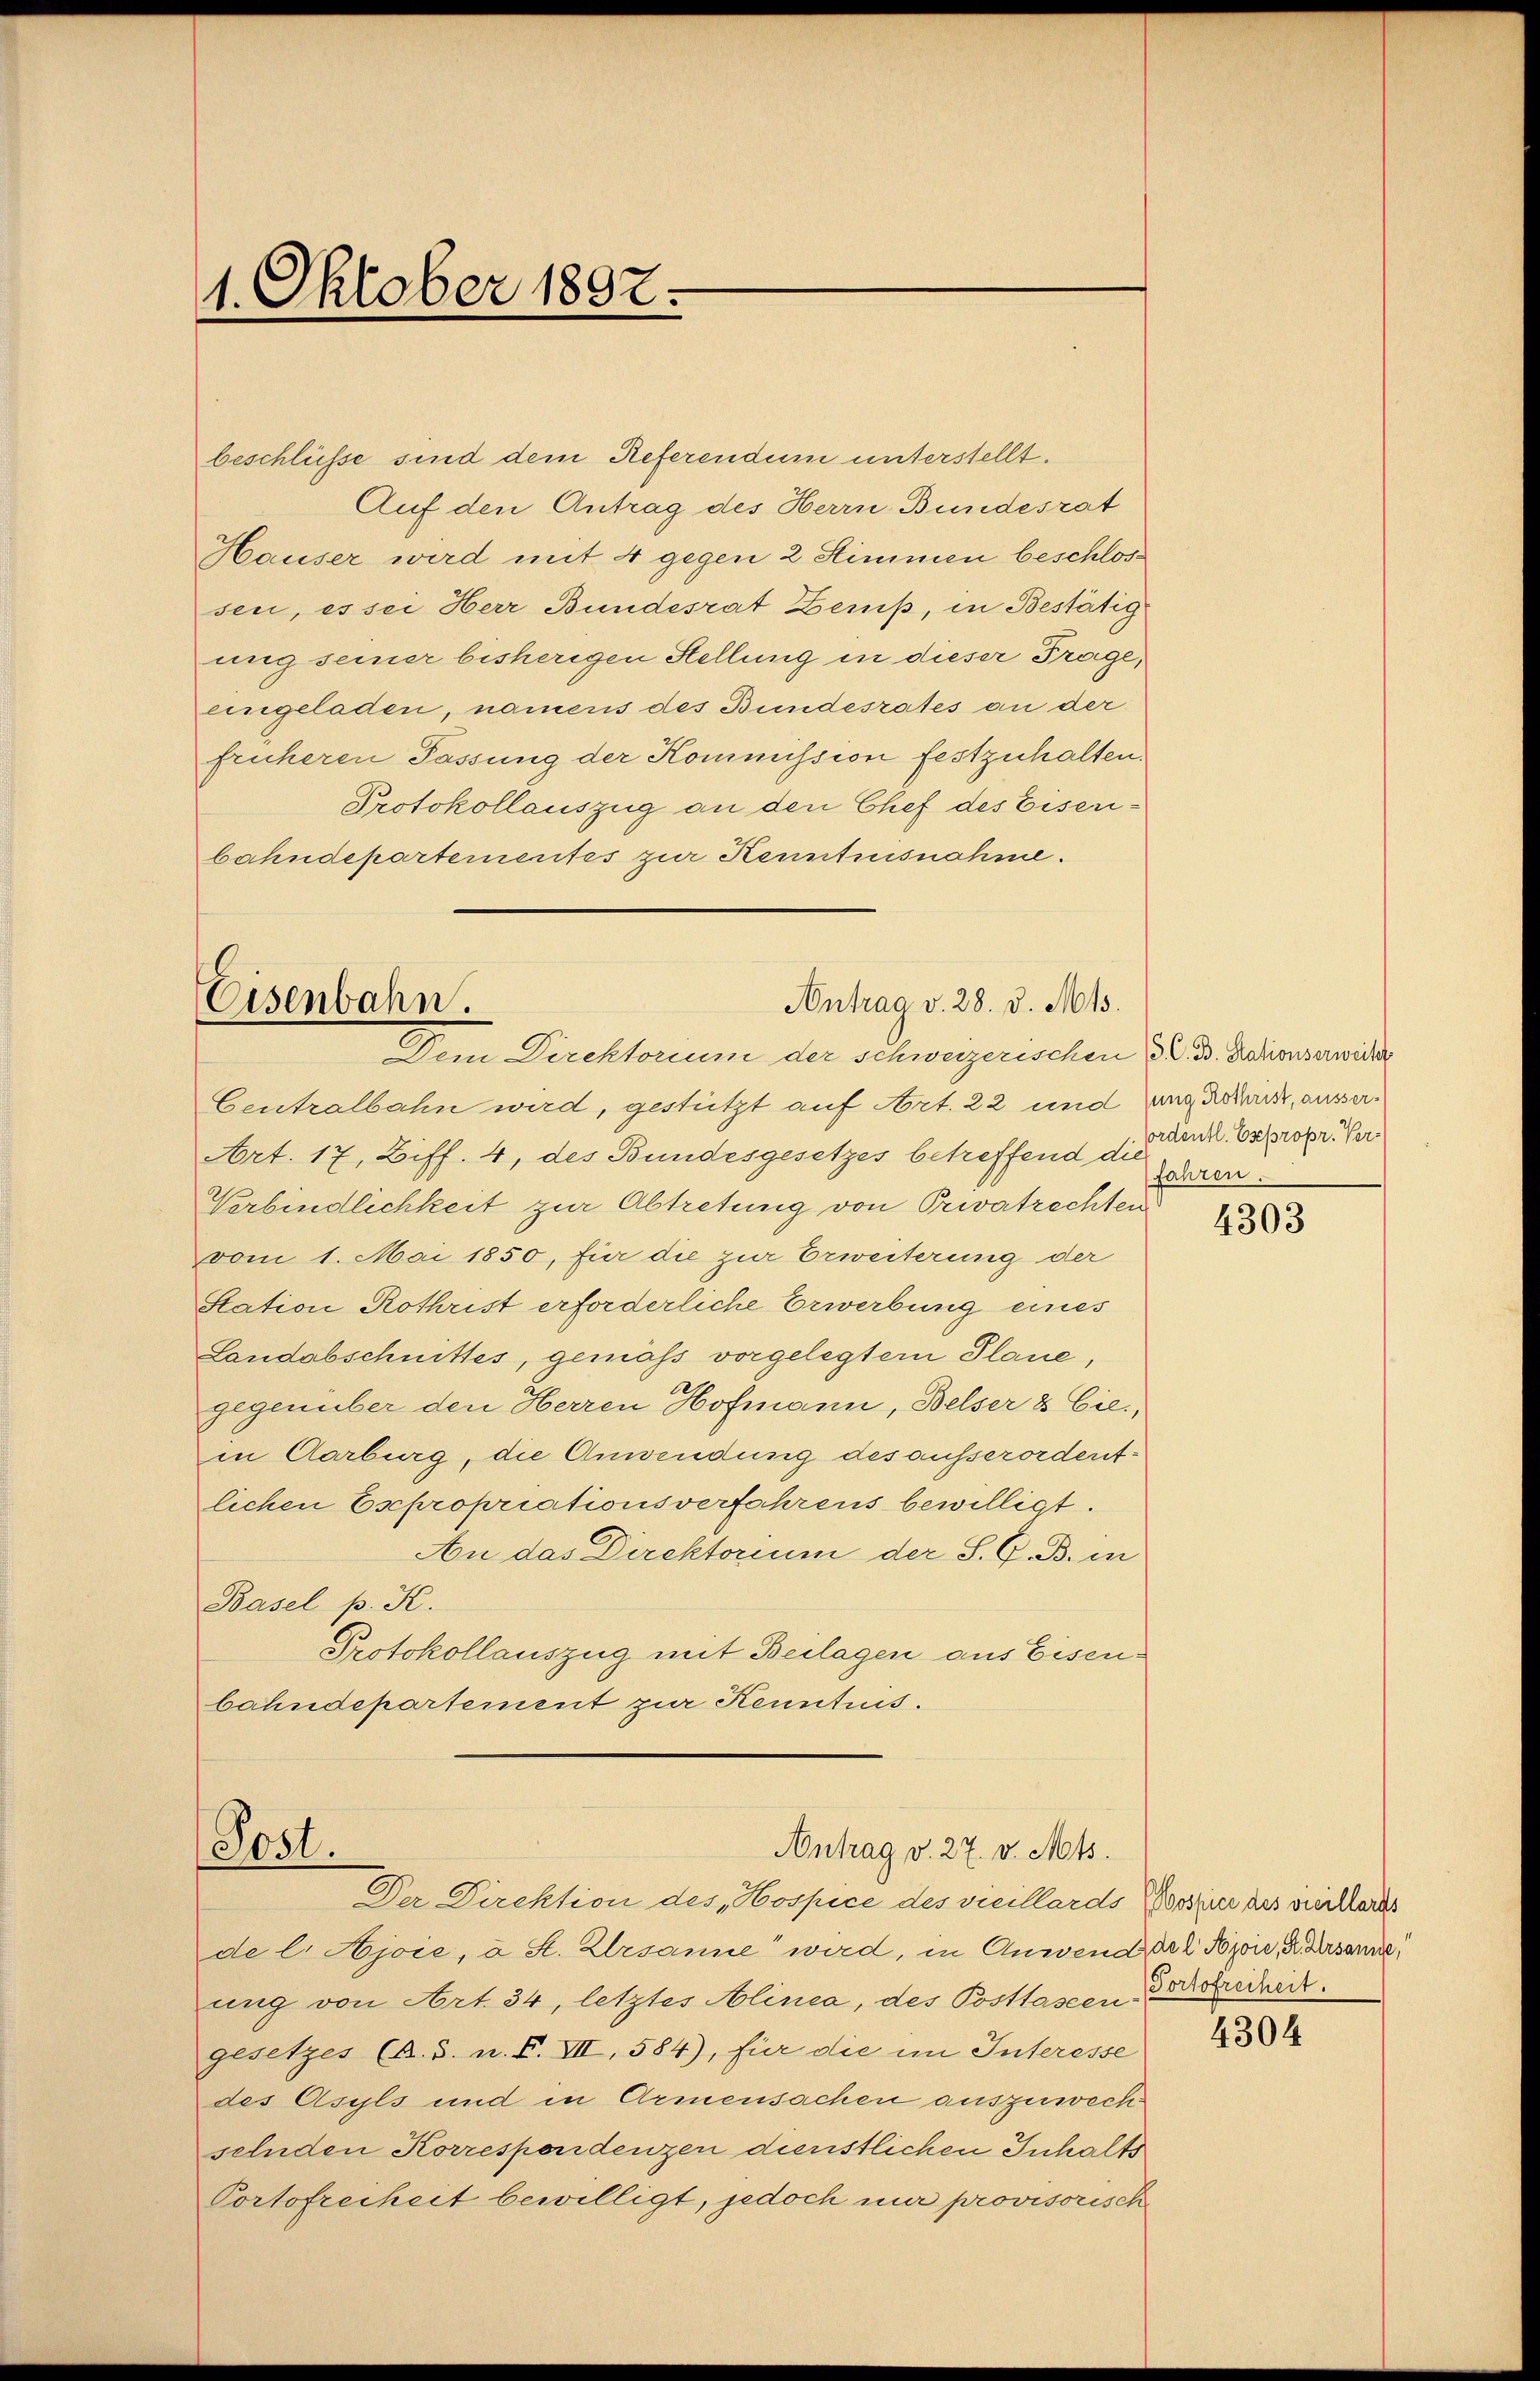
beschlüsse sind dem Referendum unterstellt.
Auf den Antrag des Herrn Bundesrat
Hauser wird mit 4 gegen 2 Stimmen beschlossen, es sei Herr Bundesrat Zeniß, in Bestätig
ung seiner bisherigen Stellung in dieser Frage,
eingeladen, namens des Bundesrates an der
früheren Fassung der Kommission festzuhalten.
Protokollauszug an den Chef des Eisenbahndepartementes zur Kenntnisnahme.

1. Oktober 1897.

Antrag v. 28. v. Mts.
Eisenbahn.
Dem Direktorium der schweizerischen S. B. dationserwider

Centralbahn wird, gestützt auf Art. 22 und ganz Brand, ausser¬
Art. 17, Ziff. 4, des Bundesgesetzes betreffend d. d. And. Expropri Ver¬
Verbindlichkeit zur Abtretung von Privatrechten
vom 1. Mai 1850, für die zur Erweiterung der
Station Rothrist erforderliche Erwerbung eines
Landabschnittes, gemäß vorgelegtem Plane,
gegenüber den Herren Hofmann, Belser & Cie,
in Aarburg, die Anwendung des ausserordent.
lichen Escpropriationsverfahrens bewilligt.
An das Direktorium der S. G. B. in
Basel p. K.
Protokollauszug mit Beilagen aus Eisen-
bahndepartement zur Kenntnis.

Post.
Antrag v. 27. v. Mts.
Der Direktion des Hospice des vicillards Possier des viellards

de l. Ajoie, u. St. Arsanne wird, in Anwend der 2 Bojoie, Arsanne,
ung von Art. 34, letztes Alinea, des Posttassen Berechert.
gesetzes (A. S. n. F. VII, 584), für die im Interesse
des Asyls und in Armensachen auszuwech
selnden Korrespondenzen dünstlichen Inhalts
Portofreiheit bewilligt, jedoch nur provisorisch

fahren.

4303

4304